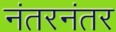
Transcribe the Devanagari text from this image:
नंतरनंतर